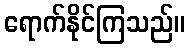
ရောက်နိုင်ကြသည်။